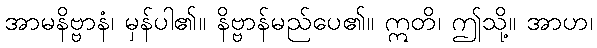
အာမနိဗ္ဗာနံ၊ မှန်ပါ၏။ နိဗ္ဗာန်မည်ပေ၏။ ဣတိ၊ ဤသို့။ အာဟ၊